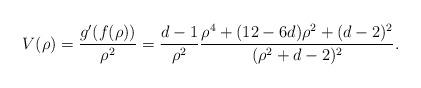
LaTeX: \begin{align*}V(\rho)=\frac{g'(f(\rho))}{\rho^2}=\frac{d-1}{\rho^2}\frac{\rho^4+(12-6d)\rho^2+(d-2)^2}{(\rho^2+d-2)^2}.\end{align*}